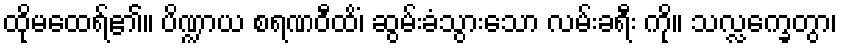
ထိုမထေရ်၏။ ပိဏ္ဍာယ စရဏဝီထိံ၊ ဆွမ်းခံသွားသော လမ်းခရီး ကို။ သလ္လက္ခေတွာ၊